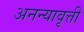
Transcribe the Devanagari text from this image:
अनन्यावृत्ती